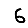
Digit: 6